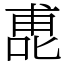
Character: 喸